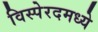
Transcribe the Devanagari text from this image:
विस्पेरदमध्ये